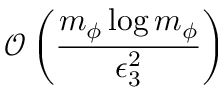
\mathcal { O } \left( \frac { m _ { \phi } \log m _ { \phi } } { \epsilon _ { 3 } ^ { 2 } } \right)